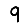
Digit: 9